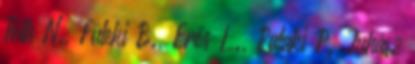
Tóth N., Füleki B., Erős L., Pataki P. Juhász